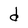
Character: d